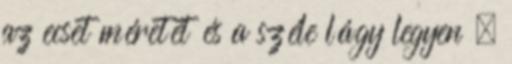
az ecset méretét és a széle lágy legyen ,